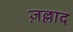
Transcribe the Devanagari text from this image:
ज़ल्लाद